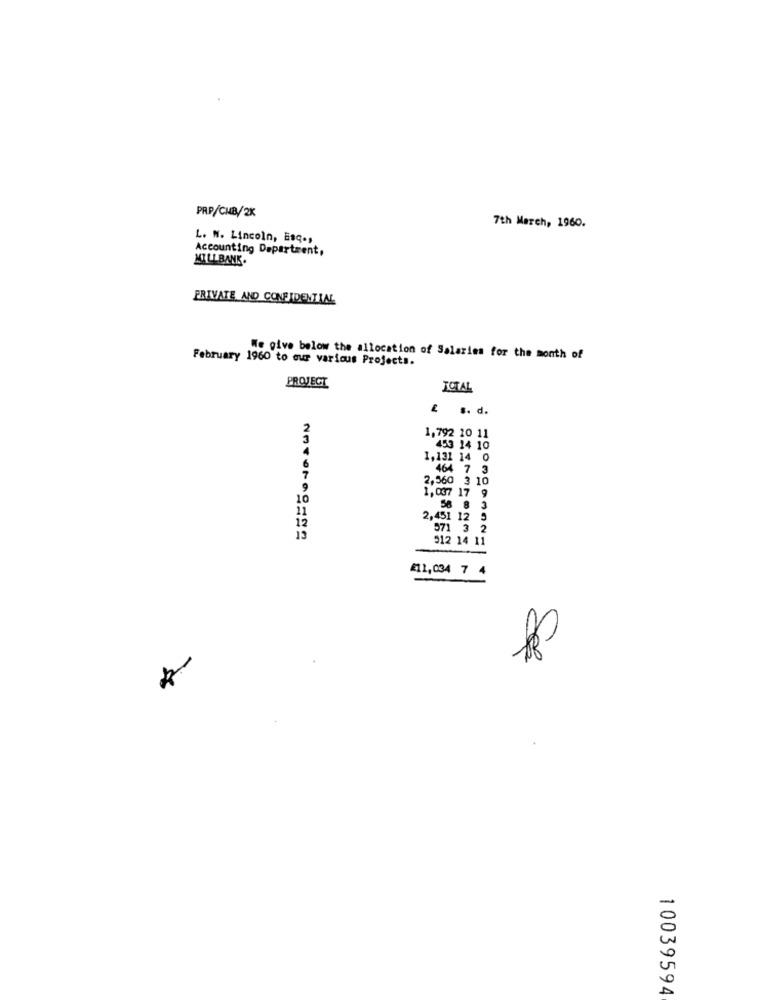
PRP/CMB/2K
7th March, 1960.
L. N. Lincoln, Esq .,
Accounting Department,
MILLBANK.
PRIVATE AND CONFIDENTIAL
February 1960 to our various Projects.
We give below the allocation of Salaries for the month of
PROJECT
TOTAL
. .. d.
1,792 20 11
453 14 10
1,131 14 0
464 7 3
2,560 3 10
10
1,037 17 9
58 8 3
2,451 12 5
571 3 2
NOTOR08=82
512 14 11
£11,034 7 4
10039594